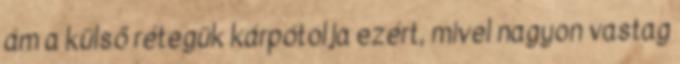
ám a külső rétegük kárpótolja ezért, mivel nagyon vastag